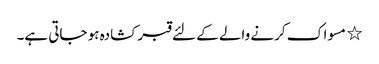
٭ مسواک کرنے والے کے لئے قبر کشادہ ہو جاتی ہے۔